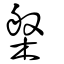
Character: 槃